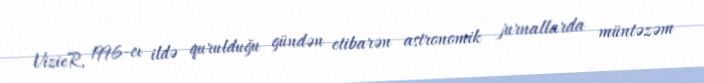
VizieR, 1996-cı ildə qurulduğu gündən etibarən astronomik jurnallarda müntəzəm